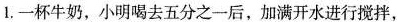
1，一杯牛奶，小明喝去五分之一后，加满开水进行搅拌，